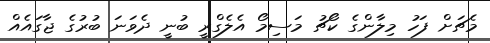
މެޗަށް ފަހު މިލާންގެ ކޯޗު މަސިމޯ އެލެގްރީ ބުނީ ދެވަނަ ބުރުގެ ޖާގައެއް